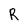
Character: R